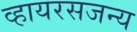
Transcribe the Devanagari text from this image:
व्हायरसजन्य